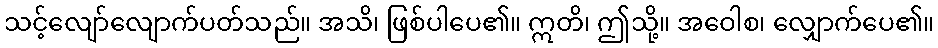
သင့်လျော်လျောက်ပတ်သည်။ အသိ၊ ဖြစ်ပါပေ၏။ ဣတိ၊ ဤသို့။ အဝေါစ၊ လျှောက်ပေ၏။